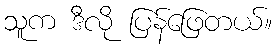
သူက ဒီလို ပြန်ဖြေတယ်။